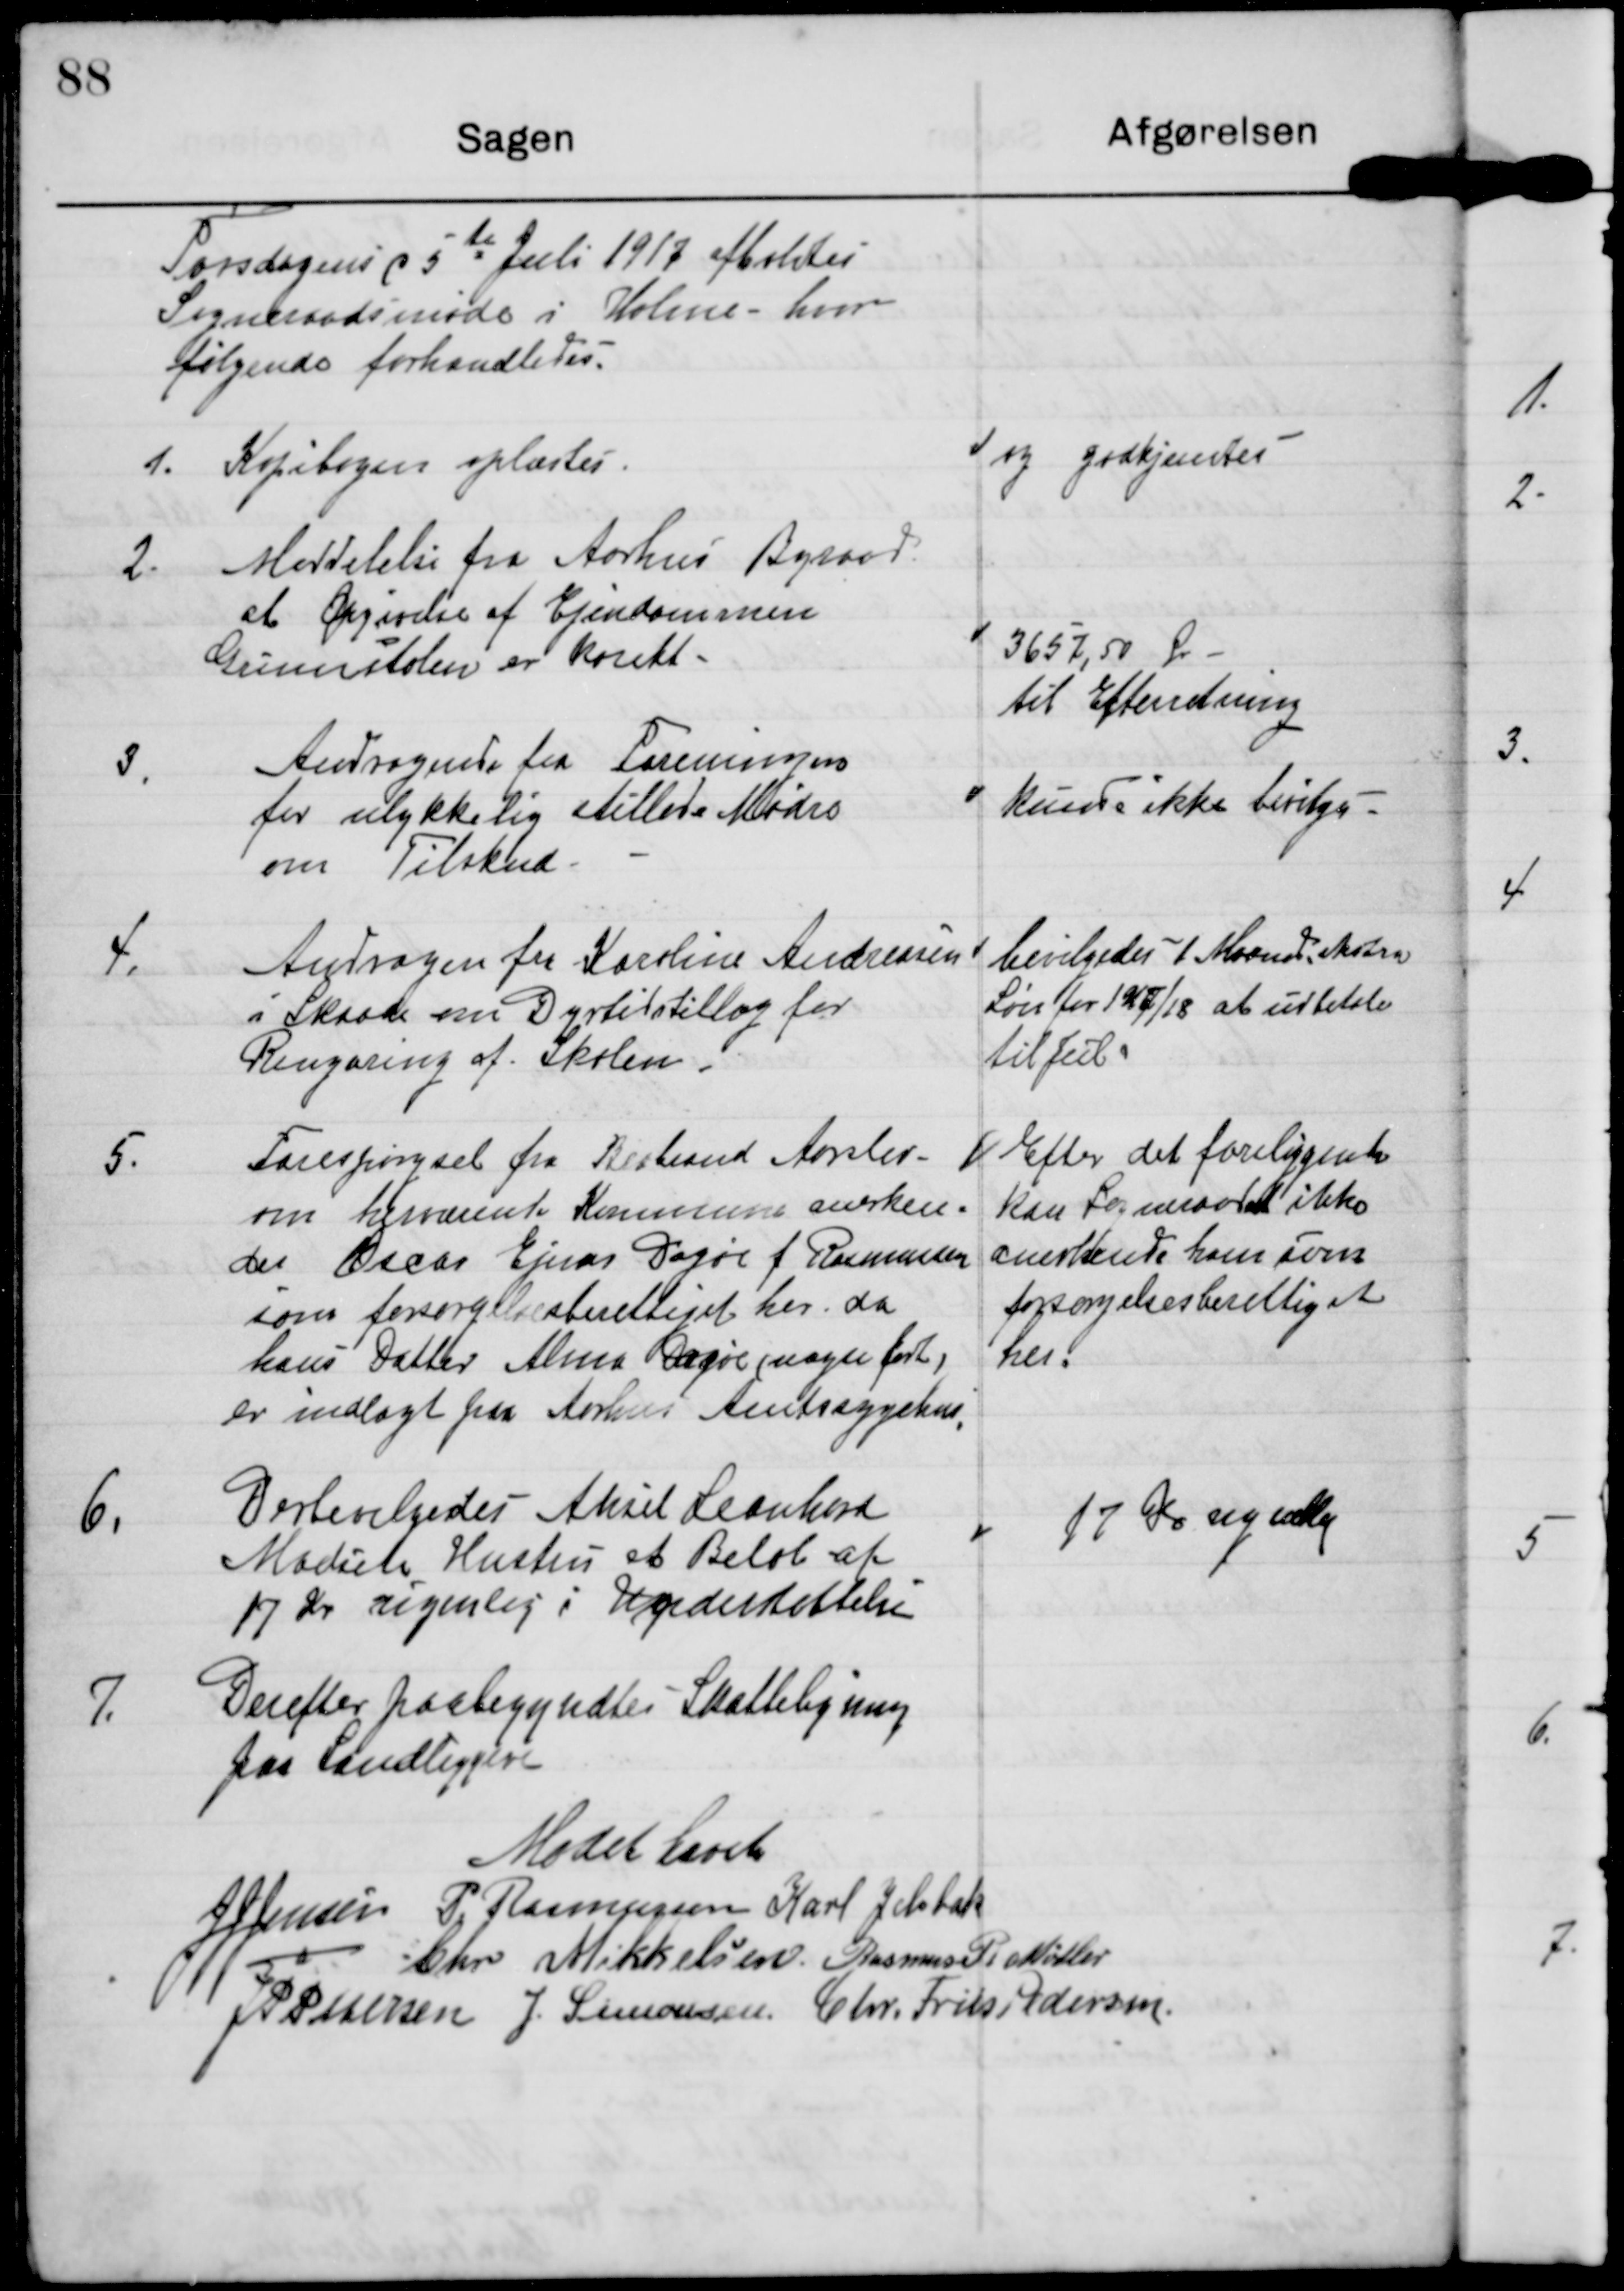
Transskription:
Torsdagen d 5te Juli 1917 afholdtes
Sogneraadsmøde i Holme, hvor
følgende forhandledes.

1. Kopibogen oplæstes

og godkjentes

2. Meddelelse fra Aarhus Byraad
at Opgørelse af Ejendommen
Grumstolen er korekt.

3657,50 Øre
til Efterretning

3.
Andragende fra Foreningen
for ulykkelig stillede Mødre
om Tilskud.

kunde ikke bevilges

4.
Andragen fra Karoline Andreasen
i Skaade om Dyrtidstillæg for
Rengøring af Skolen.

bevilgedes 1 Maaned ekstra
Løn for 1917/18 at udbetales
til Jul.

5.
Forespørgsel fra Brabrand Aarslev
om herværende Kommune anerken-
der Oscar Ejnar Dagøe f Rasmussen
som forsørgelsesberettiget her, da
hans Datter Alma Dagøe (uægte født)
er indlagt paa Aarhus Amtssygehus.

Efter det foreliggende
kan Sogneraadet ikke
anerkende ham som
forsørgelsesberettiget
her.

6.
Der bevilgedes Aksel Leonhard
Madsens Hustru et Beløb af
17 Kr ugenlig i Understøttelse

17 Kr ugentlig

7.
Derefter paabegyndtes Skatteligning
for Landliggere

Mødet hævet

J J Jensen

P. Rasmussen

Karl Jelsbak

Chr Mikkelsen

Rasmus P. Møller

J P Pedersen

J. Simonsen

Chr. Friis Pedersen